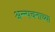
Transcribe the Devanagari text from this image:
अन्न्पचनाच्या